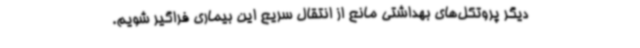
دیگر پروتکل‌های بهداشتی مانع از انتقال سریع این بیماری فراگیر شویم.